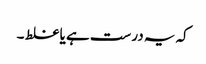
کہ یہ درست ہے یا غلط ۔